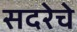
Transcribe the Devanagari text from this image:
सदरेचे